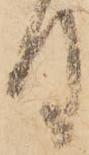
月